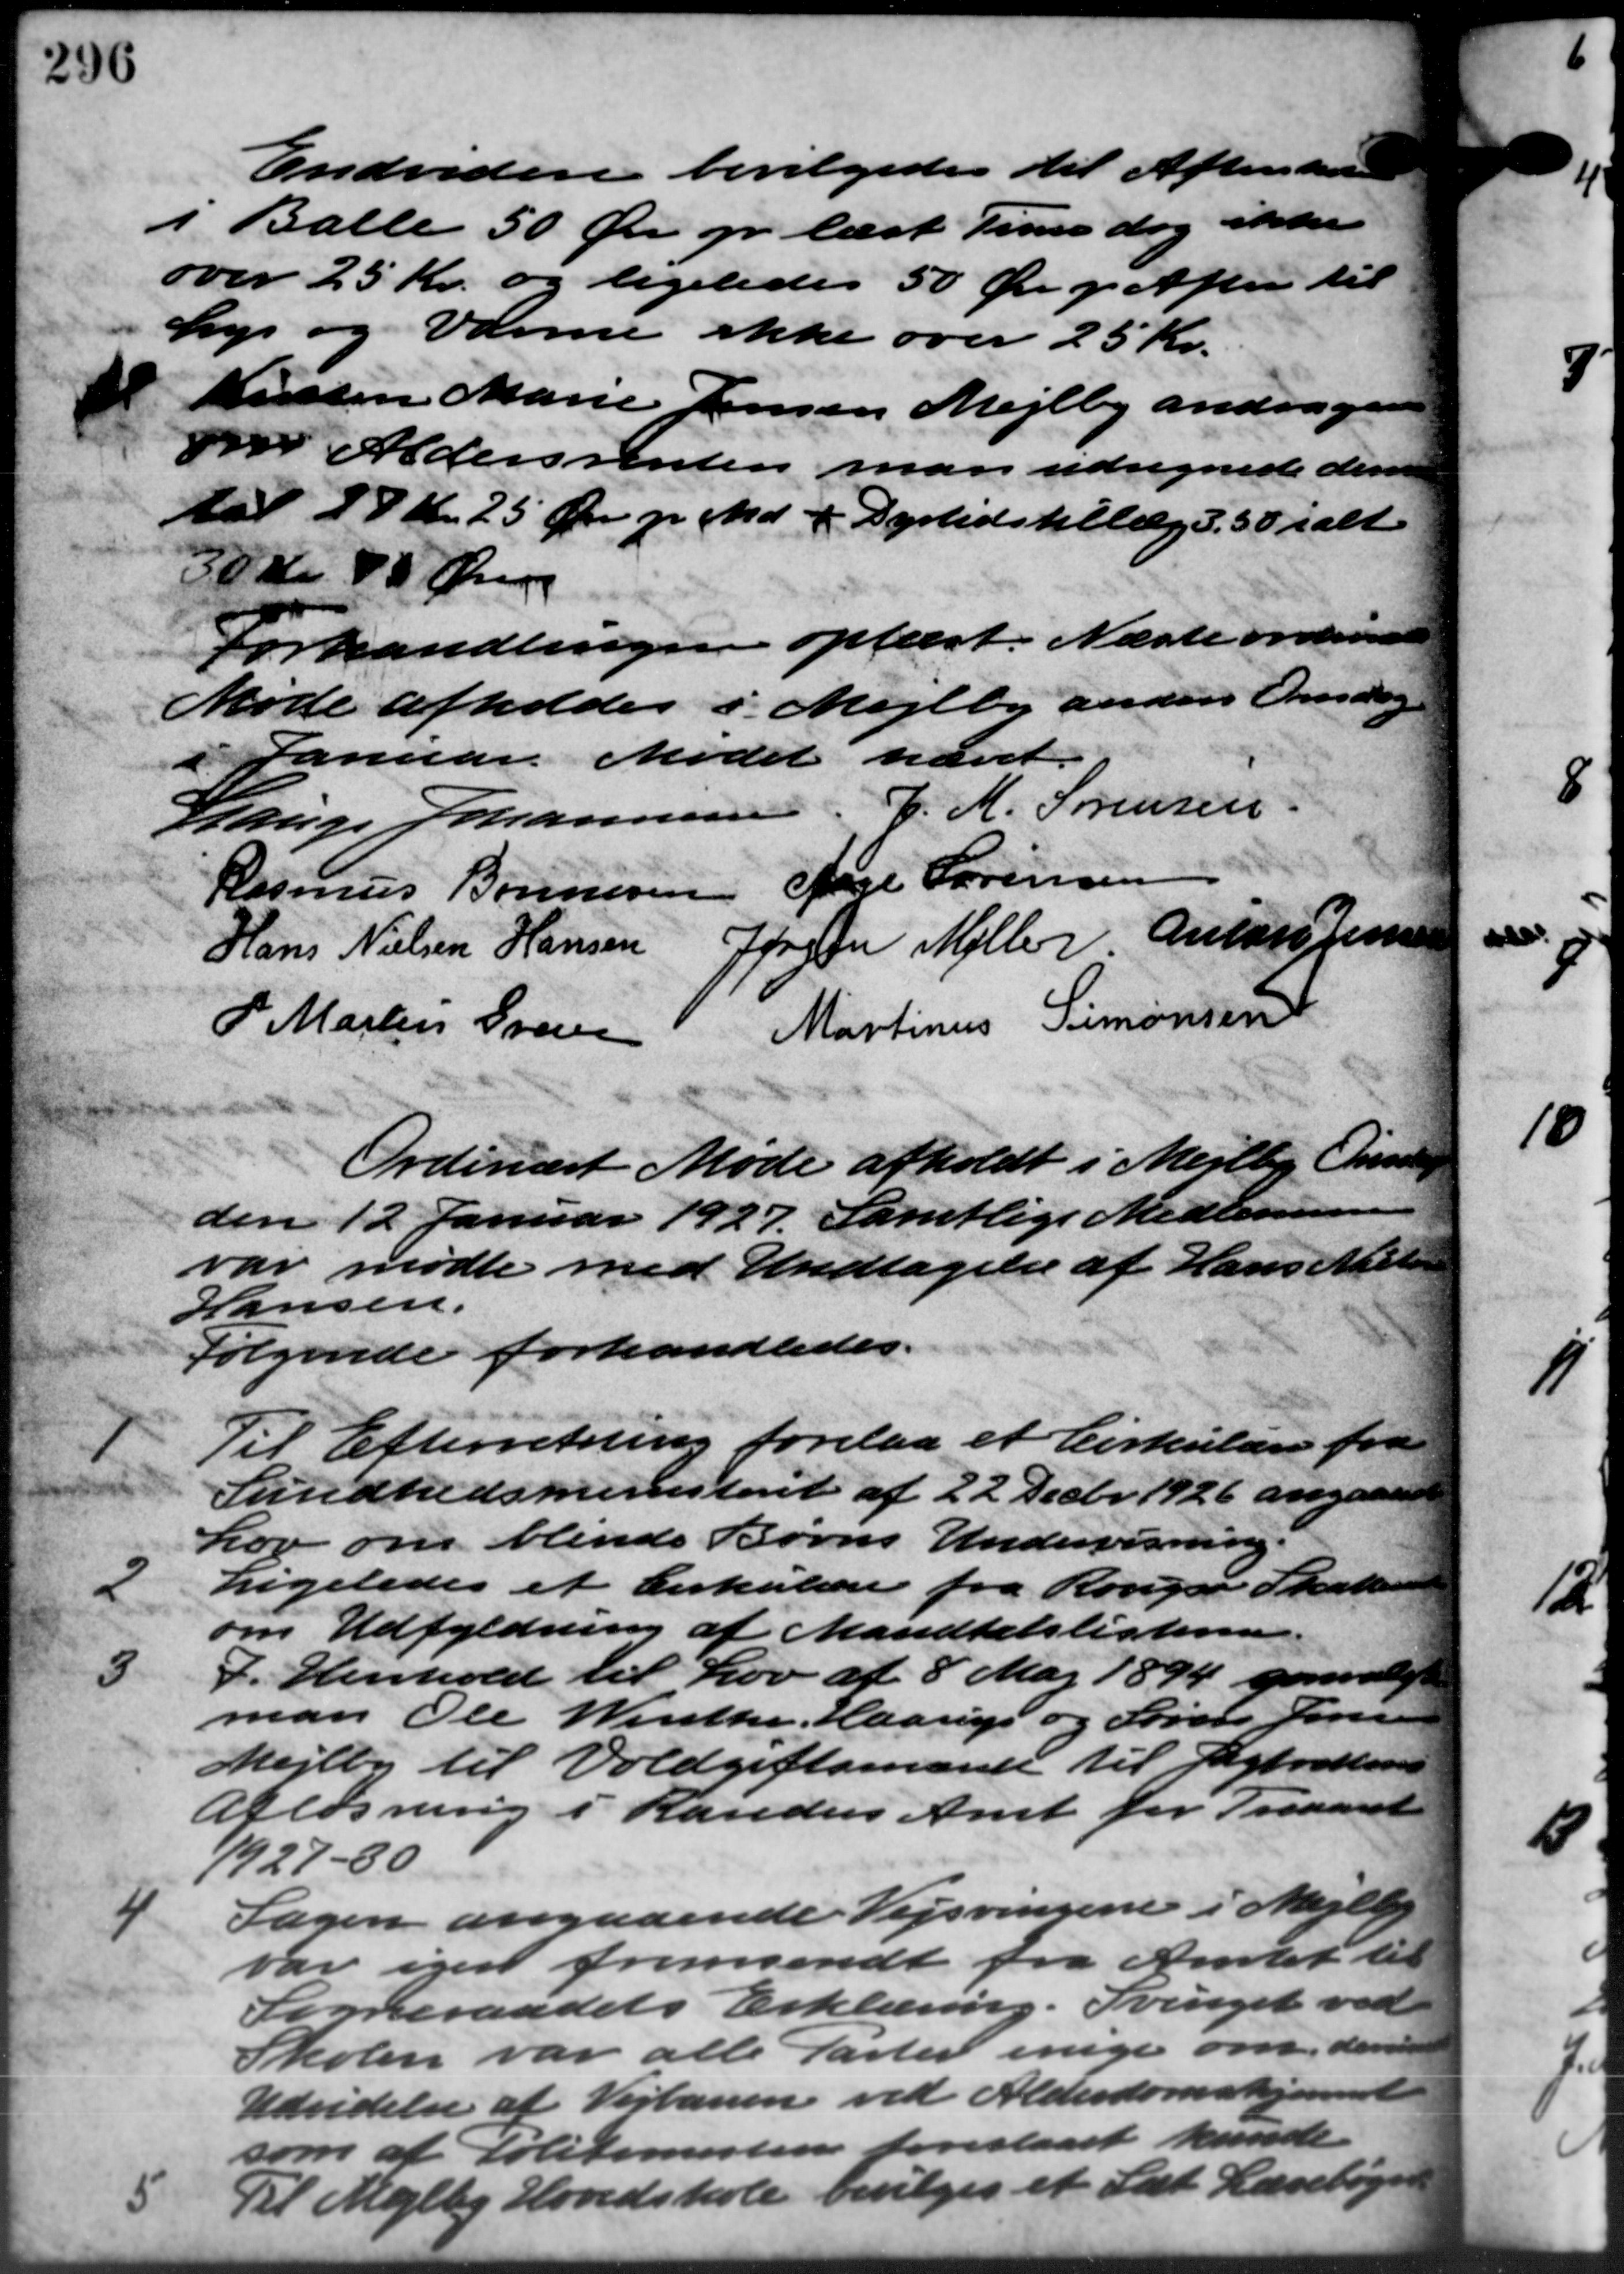
Transskription:
Endvidere bevilgedes til Aftenskre
i Balle 50 Øre pr. læst Time dog ikke
over 25 Kr. og ligeledes 50 Øre pr Aften til
Lys og Varme ikke over 25 Kr.
Kirsten Marie Jensen Mejlby andrager
om Aldersrenten man udregnede dem
til 27 Kr. 25 Øre pr. Md. + Dyrtidstillæg d. 30 ialt
30 Kr 85 Øre
Forhandlingen opført. Næste ordinære
Møde afholdes i Mejlby anden Onsdag
Januar Mødet hævet.
Lauge Johannesen. J. M. Sørensen
Rasmus Bonnesen Aage Sørensen
Hans Nielsen Hansen Jørgen Møller Anton Jensen
P. Martin Gresse Martinus Simonsen
Ordinært Møde afholdt i Mejlby Onsdage
den 12 Januar 1927. Samtlige Medlemm
var mødte med Undtagelse af Hans Nielsen
Hansen.
Følgende forhandledes.
1
Til Efterretning forelaa et Cirkulære fra
Sundhedsministeriet af 22 Decbr. 1926 angaaende
Lov om blinde Børns Undervisning.
2
Ligeledes et Cirkulære fra Rouger Skatteraad
om Udfyldning af Mandtalslisterne.
3
I Henhold til Lov af 8 Maj 1894 genvalgt
man Ole Winthe, Haarup og Sørens Jensen
Mejlby til Voldgiftsmænd til Pigtration
Afløsning i Randers Amt for Treaaret
1927 - 80

Sagen angaaende Vejsvingene i Mejlby
var igen fremsendt fra Amtet til
Sogneraadets Erklæring. Svinget ved
Skolen var alle Parter enige om den
Udvidelse af Vejbanen ved Alderdomshjem
som af Politimesteren foreslaaet kunde
5
Til Mejlby Hovedskole bevilges et Sæt Lærebøger